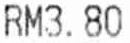
RM3.80